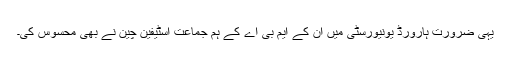
یہی ضرورت ہارورڈ یونیورسٹی میں ان کے ایم بی اے کے ہم جماعت اسٹیفین چین نے بھی محسوس کی۔